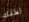
لطفك